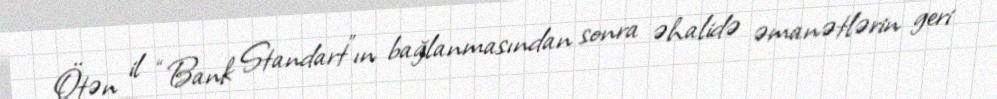
Ötən il “Bank Standart”ın bağlanmasından sonra əhalidə əmanətlərin geri